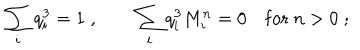
LaTeX: \sum _ { i } q _ { i } ^ { 3 } = 1 \; , \quad \quad \sum _ { i } q _ { i } ^ { 3 } M _ { i } ^ { n } = 0 \quad \mathrm { f o r } \ n > 0 \; ;